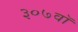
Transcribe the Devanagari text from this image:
३०७वॉ